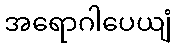
အရောဂါပေယျံ